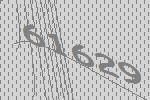
61629